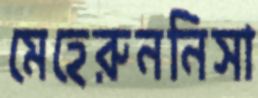
মেহেরুননিসা